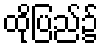
ထိုပြည်၌